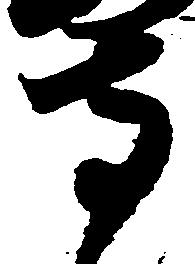
寺